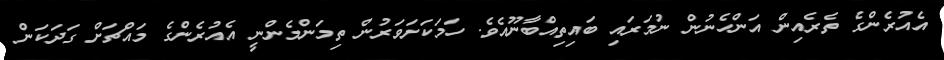
އެއުރެންގެ ތެރެއިން އަންހެނުން ނުމަރައި ބައިތިއްބާނޫއެވެ. ހަމަކަށަވަރުން ތިމަންމެންނީ އެއުރެންގެ މައްޗަށް ގަދަކަން